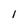
Character: l